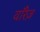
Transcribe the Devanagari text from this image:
वॉरेज़